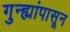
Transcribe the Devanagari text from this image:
गुन्ह्यांपासून